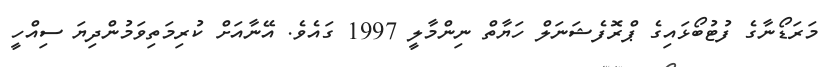
މަރަޑޯނާގެ ފުޓުބޯޅައިގެ ޕްރޮފެޝަނަލް ހަޔާތް ނިންމާލީ 1997 ގައެވެ. އޭނާއަށް ކުރިމަތިވަމުންދިޔަ ސިއްހީ